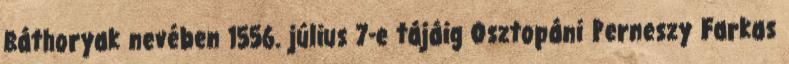
Báthoryak nevében 1556. július 7-e tájáig Osztopáni Perneszy Farkas